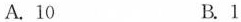
A.10 B.1